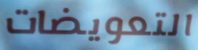
التعويضات